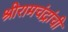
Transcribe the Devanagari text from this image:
श्रीरामचंद्रांची